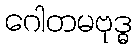
ဂေါတမဗုဒ္ဓ